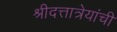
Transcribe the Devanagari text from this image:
श्रीदत्तात्रेयांची